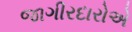
જાગીરદારોએ